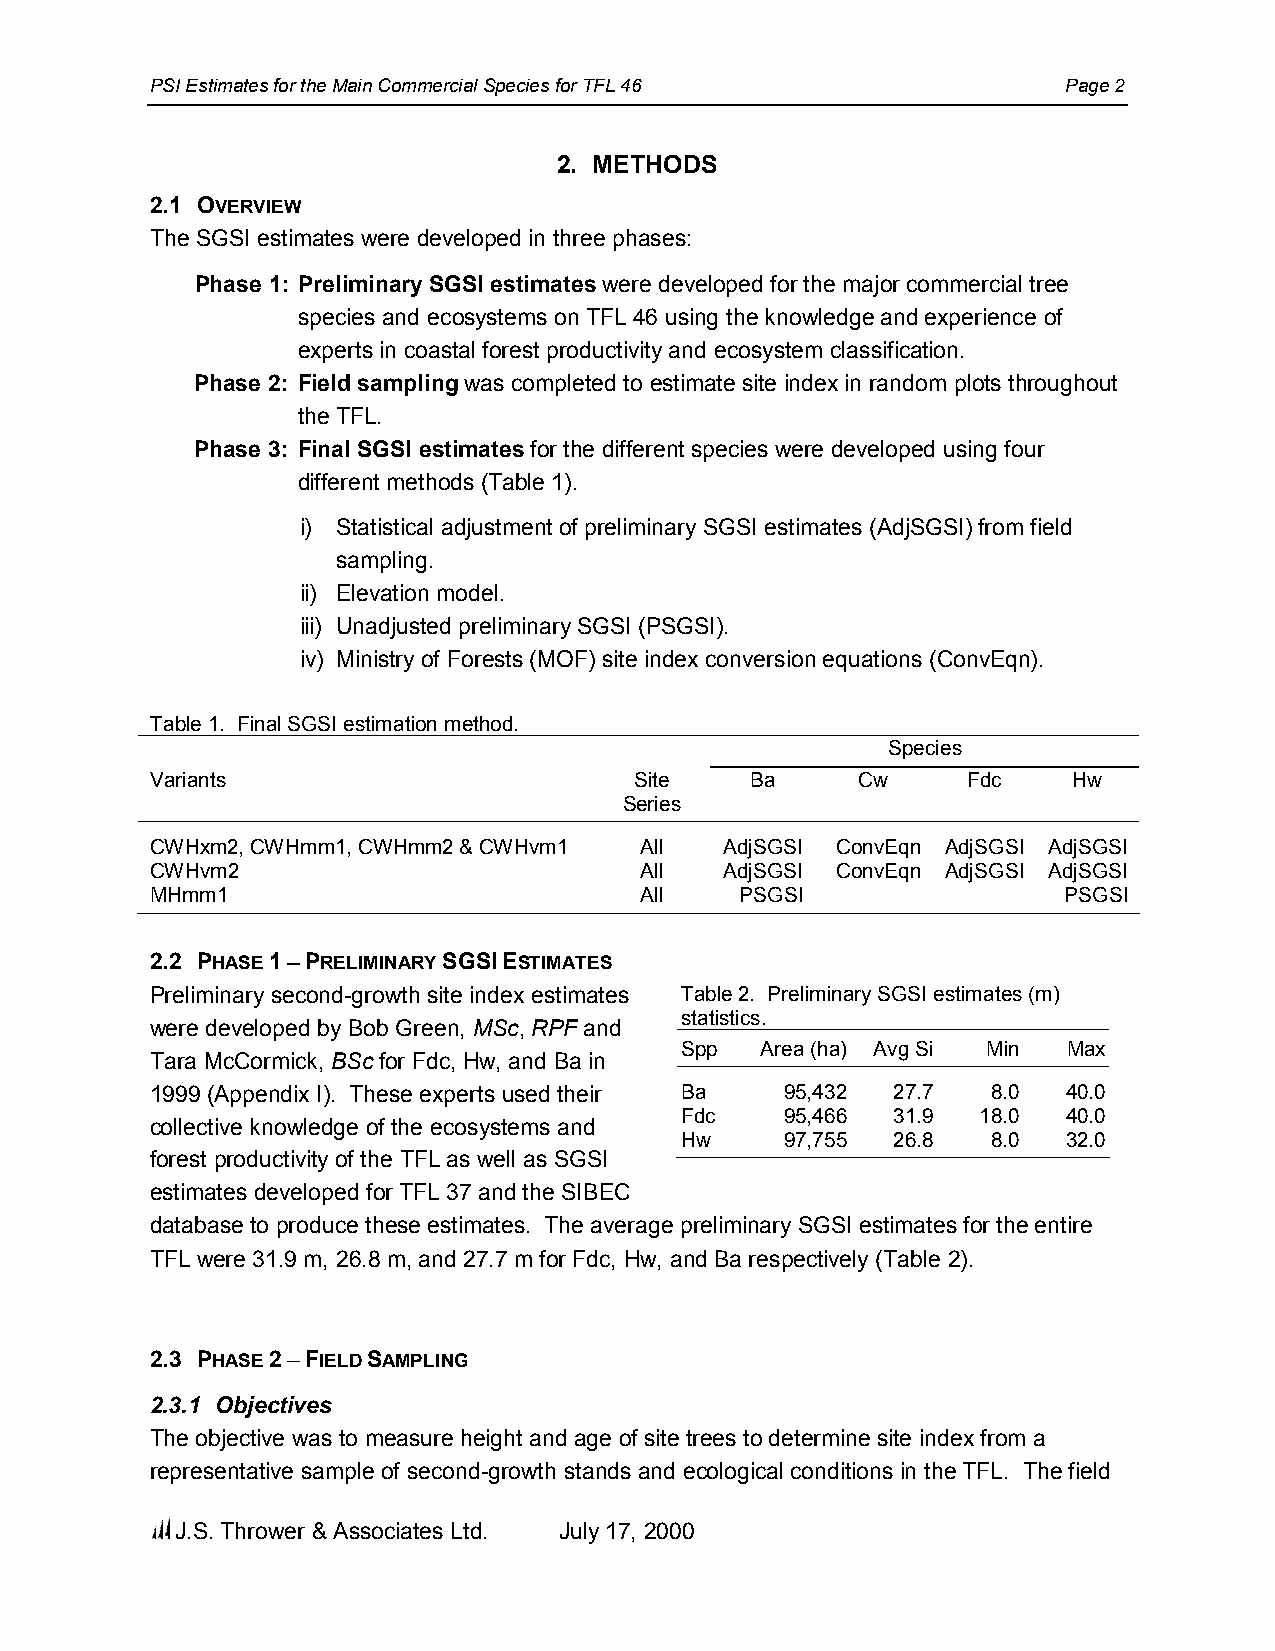
PSI Estimates for the Main Commercial Species for TFL 46     Page 2
 2. METHODS
 2.1 OVERVIEW
 The SGSI estimates were developed in three phases:
 Phase 1: Preliminary SGSI estimates were developed for the major commercial tree
 species and ecosystems on TFL 46 using the knowledge and experience of
 experts in coastal forest productivity and ecosystem classification.
 Phase 2: Field sampling was completed to estimate site index in random plots throughout
 the TFL.
 Phase 3: Final SGSI estimates for the different species were developed using four
 different methods (Table 1).
 i) Statistical adjustment of preliminary SGSI estimates (AdjSGSI) from field
 sampling.
 ii) Elevation model.
 iii) Unadjusted preliminary SGSI (PSGSI).
 iv) Ministry of Forests (MOF) site index conversion equations (ConvEqn).
 Table 1. Final SGSI estimation method.
 Species
 Variants                        Site    Ba     Cw     Fdc    Hw
 Series
 CWHxm2, CWHmm1, CWHmm2 & CWHvm1 All   AdjSGSI ConvEqn AdjSGSI AdjSGSI
 CWHvm2                          All   AdjSGSI ConvEqn AdjSGSI AdjSGSI
 MHmm1                           All    PSGSI                PSGSI
 2.2 PHASE 1 −−−− PRELIMINARY SGSI ESTIMATES
 Preliminary second-growth site index estimates Table 2. Preliminary SGSI estimates (m)
 statistics.
 were developed by Bob Green, MSc, RPF and
 Spp  Area (ha) Avg Si Min Max
 Tara McCormick, BSc for Fdc, Hw, and Ba in
 1999 (Appendix I). These experts used their Ba 95,432 27.7 8.0 40.0
 Fdc    95,466 31.9  18.0  40.0
 collective knowledge of the ecosystems and
 Hw     97,755 26.8   8.0  32.0
 forest productivity of the TFL as well as SGSI
 estimates developed for TFL 37 and the SIBEC
 database to produce these estimates. The average preliminary SGSI estimates for the entire
 TFL were 31.9 m, 26.8 m, and 27.7 m for Fdc, Hw, and Ba respectively (Table 2).
 2.3 PHASE 2 −−−− FIELD SAMPLING
 2.3.1 Objectives
 The objective was to measure height and age of site trees to determine site index from a
 representative sample of second-growth stands and ecological conditions in the TFL. The field
 J.S. Thrower & Associates Ltd. July 17, 2000